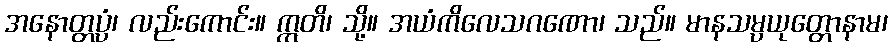
အနောတ္တပ္ပံ၊ လည်းကောင်း။ ဣတိ၊ သို့။ အယံကိလေသဂဏော၊ သည်။ မာနသမ္ပယုတ္တောနာမ၊